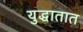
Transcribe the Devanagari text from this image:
युद्धातात